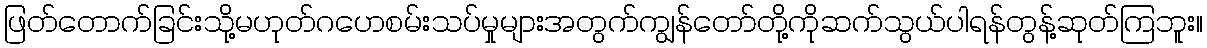
ဖြတ်တောက်ခြင်းသို့မဟုတ်ဂဟေစမ်းသပ်မှုများအတွက်ကျွန်တော်တို့ကိုဆက်သွယ်ပါရန်တွန့်ဆုတ်ကြဘူး။